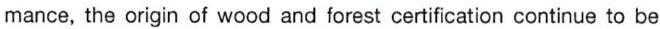
mance, the origin of wood and forest certification continue to be